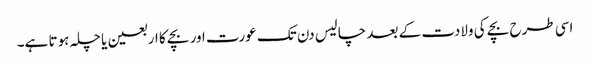
اسی طرح بچے کی ولادت کے بعد چالیس دن تک عورت اور بچے کا اربعین یا چلہ ہوتا ہے۔